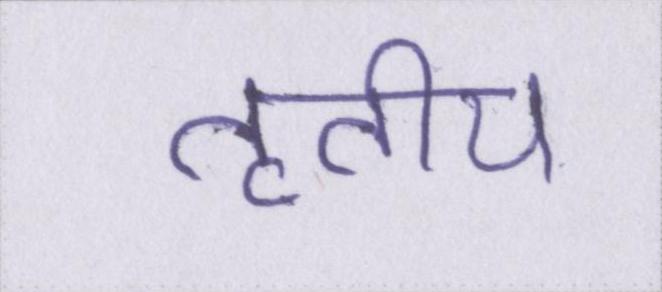
तृतीय